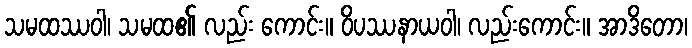
သမထဿဝါ၊ သမထ၏ လည်း ကောင်း။ ဝိပဿနာယဝါ၊ လည်းကောင်း။ အာဒိတော၊